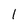
Character: 1